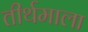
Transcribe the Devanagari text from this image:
तीर्थमाला